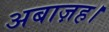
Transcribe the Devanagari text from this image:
अबाज़ह।